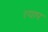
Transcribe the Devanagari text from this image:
त्याप